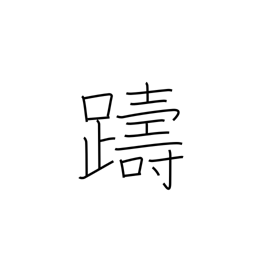
Meaning: hesitate